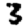
Digit: 3